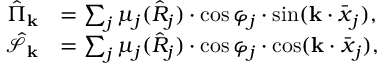
\begin{array} { r l } { \hat { \Pi } _ { \mathbf { k } } } & { = \sum _ { j } \mu _ { j } ( \hat { R } _ { j } ) \cdot \cos \varphi _ { j } \cdot \sin ( \mathbf { k } \cdot \bar { \boldsymbol x } _ { j } ) , } \\ { \hat { \mathcal { S } } _ { \mathbf { k } } } & { = \sum _ { j } \mu _ { j } ( \hat { R } _ { j } ) \cdot \cos \varphi _ { j } \cdot \cos ( \mathbf { k } \cdot \bar { \boldsymbol x } _ { j } ) , } \end{array}